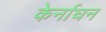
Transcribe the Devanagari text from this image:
केर्नाघन